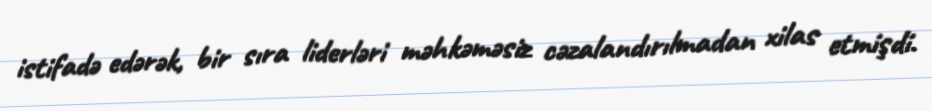
istifadə edərək, bir sıra liderləri məhkəməsiz cəzalandırılmadan xilas etmişdi.